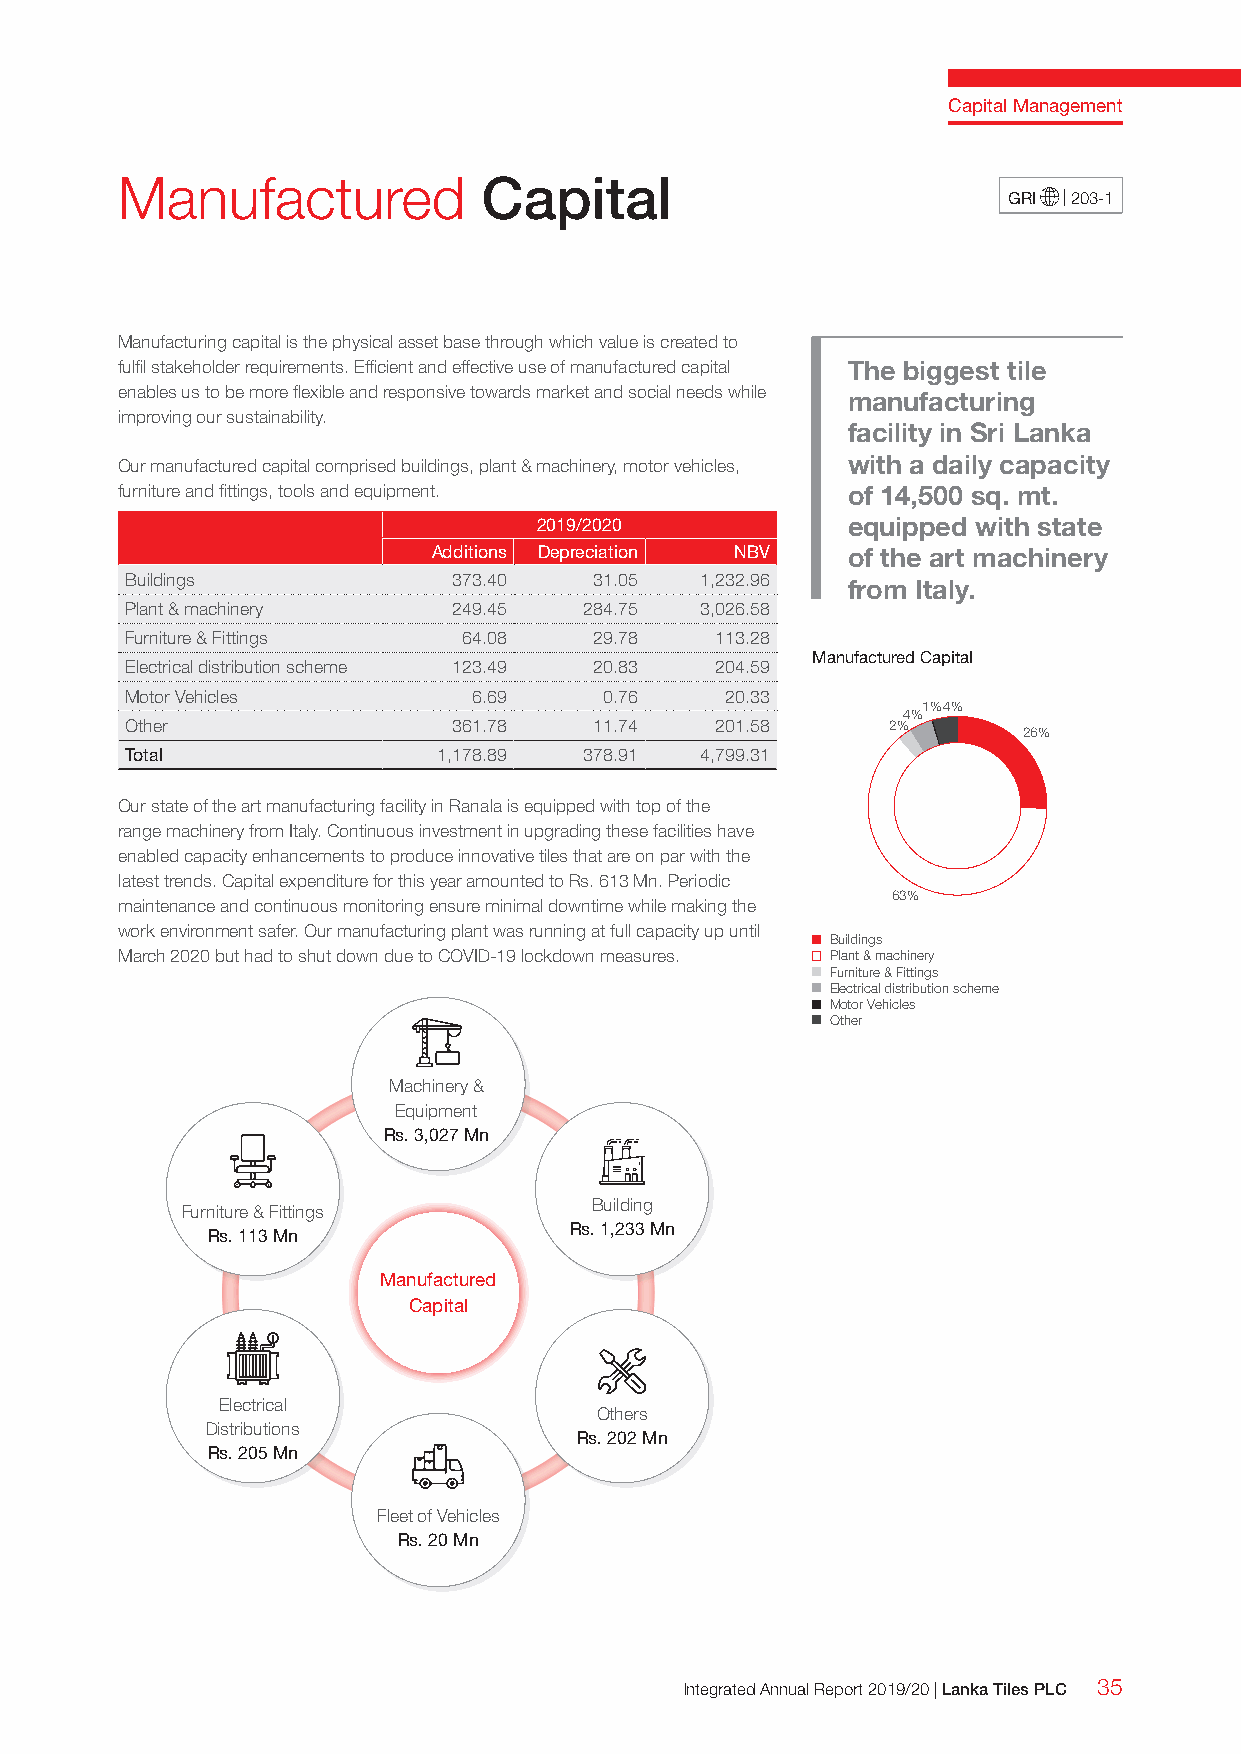
Capital Management
 Manufactured            Capital
 GRI | 203-1
 Manufacturing capital is the physical asset base through which value is created to
 fulfil stakeholder requirements. Efficient and effective use of manufactured capital The biggest tile
 enables us to be more flexible and responsive towards market and social needs while manufacturing
 improving our sustainability.
 facility in Sri Lanka
 Our manufactured capital comprised buildings, plant & machinery, motor vehicles, with a daily capacity
 furniture and fittings, tools and equipment.    of 14,500 sq. mt.
 2019/2020           equipped with state
 Additions Depreciation NBV of the art machinery
 Buildings             373.40   31.05  1,232.96  from Italy.
 Plant & machinery     249.45   284.75 3,026.58
 Furniture & Fittings   64.08   29.78   113.28
 Manufactured Capital
 Electrical distribution scheme 123.49 20.83 204.59
 Motor Vehicles         6.69     0.76    20.33
 1%4%
 4%
 Other                 361.78   11.74   201.58      2%
 26%
 Total                1,178.89  378.91 4,799.31
 Our state of the art manufacturing facility in Ranala is equipped with top of the
 range machinery from Italy. Continuous investment in upgrading these facilities have
 enabled capacity enhancements to produce innovative tiles that are on par with the
 latest trends. Capital expenditure for this year amounted to Rs. 613 Mn. Periodic
 63%
 maintenance and continuous monitoring ensure minimal downtime while making the
 work environment safer. Our manufacturing plant was running at full capacity up until
 Buildings
 March 2020 but had to shut down due to COVID-19 lockdown measures. Plant & machinery
 Furniture & Fittings
 Electrical distribution scheme
 Motor Vehicles
 Other
 Machinery &
 Equipment
 Rs. 3,027 Mn
 Building
 Furniture & Fittings
 Rs. 1,233 Mn
 Rs. 113 Mn
 Manufactured
 Capital
 Electrical
 Others
 Distributions
 Rs. 202 Mn
 Rs. 205 Mn
 Fleet of Vehicles
 Rs. 20 Mn
 Integrated Annual Report 2019/20 | Lanka Tiles PLC 35